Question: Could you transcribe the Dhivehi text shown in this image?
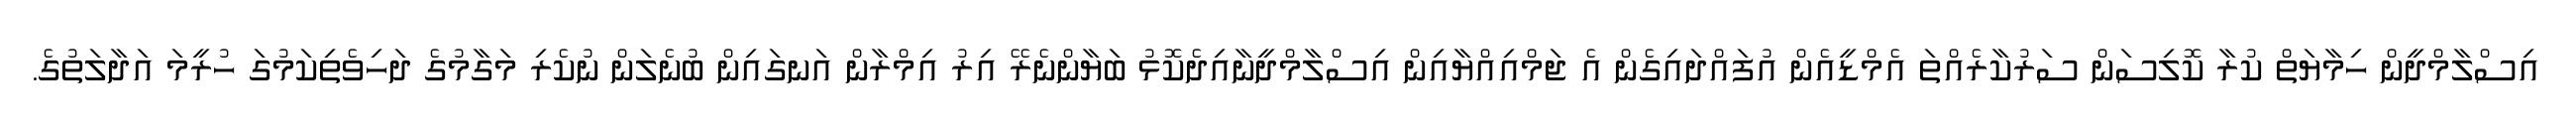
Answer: އިސްލާމްދީން ހިމާޔަތް ކުރާ ކޮލިސަން ސަރުކާރެއްތަ އެމްޑީއެން އުފައްދައިގެން އެ ޖަމްއިއްޔާއިން އިސްލާމްދީނާއިދެކޮޅު ބަޔާންނެރޭ އިރު އިމްރާން އަނގައިން ބުނެލަން ނުކެރި މަގާމުގެ ދަހިވެތިކަމުގަ ހުރީމަ އަދާލަތުގެ.